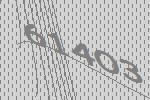
61403